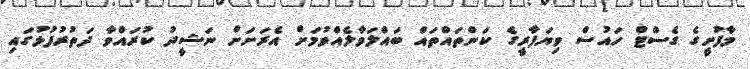
މާފުށީގެ ގެސްޓް ހައުސް ވިޔަފާރީގެ ކަންތައްތައް ބައްލަވާލެއްވުމަށް އެރަށަށް ނަޝީދު ކުރައްވާ ދަތުރުފުޅުގައި